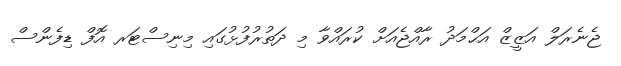
ޖެނެރަލް އަޒީޒް އަޙްމަދު ރާއްޖެއަށް ކުރައްވާ މި ދަތުރުފުޅުގައި މިނިސްޓަރ އޮފް ޑިފެންސް